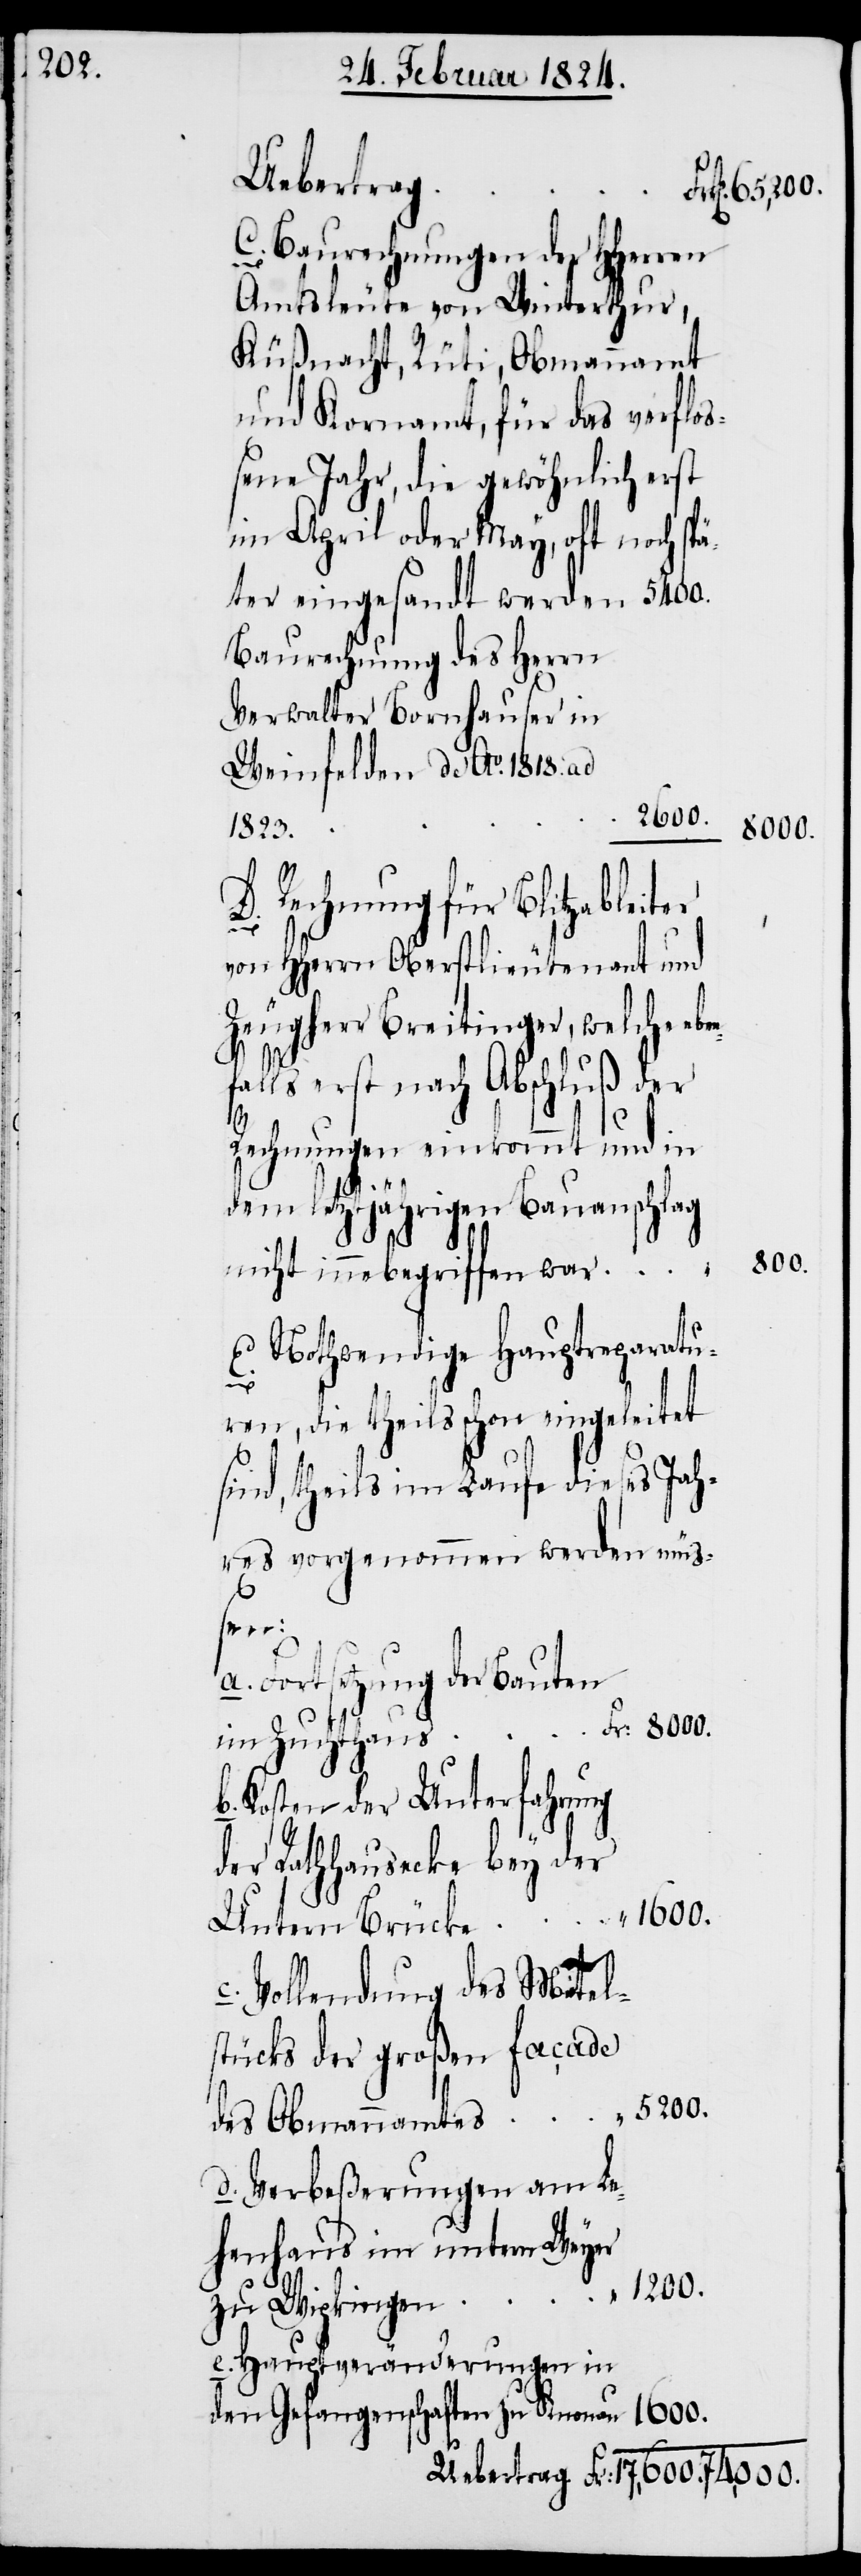
Uebertrag
–
C.) Baurechnungen der HHerren
Amtleute von Winterthur,
Küßnacht, Rüti, Obmannamt
und Kornamt, für das verfloß¬
ene Jahr, die gewöhnlich erst
im April oder May, oft noch sp¬
äter eingesandt werden – 5400.
Baurechnung des Herrn
Verwalter Bornhauser in
Weinfelden de Ao. 1818. ad
1’600.
8’000.
1823.
Rechnung für Blitzableiter
n¬
von HHerrn Oberstlieutenant und
Zeugherr Breitinger, welche ebe¬
falls erst nach Abschluß der
c.)
Rechnungen einkommt und in
dem letztjährigen Bauanschlag
800.
nicht innebegriffen war.
b.)
Nothwendige Hauptreparatu¬
ren, die theils schon eingeleitet
sind, theils im Laufe dieses Jah¬
res vorgenommen werden mü¬
ßen:
Fortsetzung der Bauten
im Zuchthaus
Kosten der Unterfahrung
der Rathhausecke bey der
Vollendung des Mit[t]el¬
stücks der großen façade
des Obmannamtes
d.) Verbeßerungen am Le¬
henhaus im untern Weyer
zu Wipkingen
e.) Hauptveränderungen in
den Gefangenschaften zu Knonau